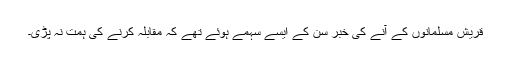
قریش مسلمانوں کے آنے کی خبر سن کے ایسے سہمے ہوئے تھے کہ مقابلہ کرنے کی ہمت نہ پڑی۔